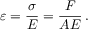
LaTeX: \varepsilon = { \frac { \sigma } { E } } = { \frac { F } { A E } } \, .